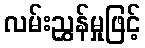
လမ်းညွှန်မှုဖြင့်